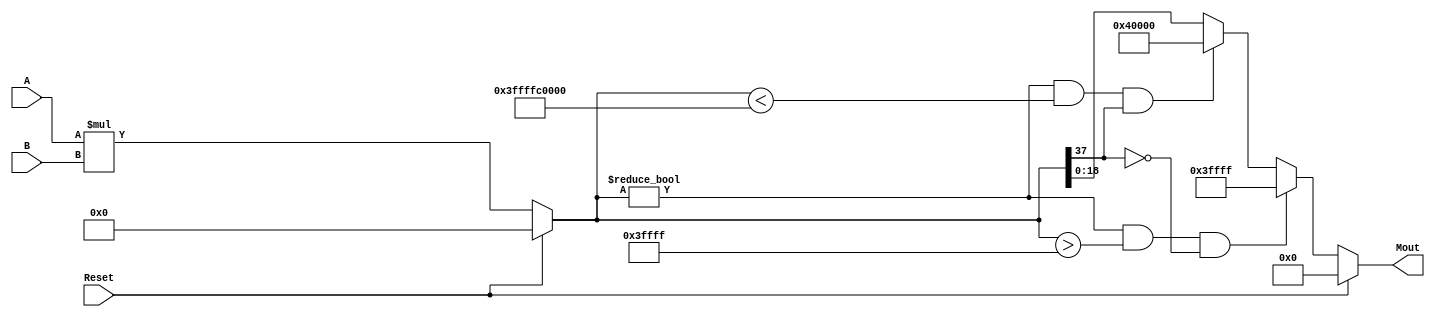
`timescale 1ns / 1ps
//////////////////////////////////////////////////////////////////////////////////
//	Laboratorio de Diseo Digital
// Proyecto de diseo #2
// Multiplicador
// Diego Brenes Martnez
// Francisco Chacn Cambronero
//////////////////////////////////////////////////////////////////////////////////
module Multiplicador #(parameter W = 19)(
    input Reset,
    input wire signed [W-1:0] A,
    input wire signed [W-1:0] B,
    output reg signed [W-1:0] Mout
    );
	
	reg signed [2*W-1:0] R;
	
	always @* begin
		if(Reset) begin
			Mout <= 19'b0;
			R <= 38'b0;
		end
		else begin
			R <= A * B;
			
				  if(R != 38'b0 && R > 38'h000003FFFF && !R[2*W-1])
				Mout <= 19'h3FFFF;
			else if(R != 24'b0 && R < 38'h3FFFFC0000 &&  R[2*W-1])
				Mout <= 19'h40000;
			else
				Mout <= R[W-1:0];
				
		end
	end

endmodule